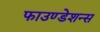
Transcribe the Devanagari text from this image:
फाउण्डेशन्स